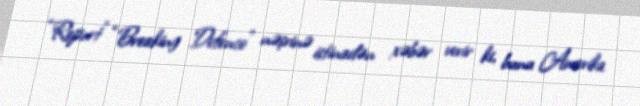
“Report” “Breaking Defence” nəşrinə istinadən xəbər verir ki, bunu Amerika